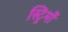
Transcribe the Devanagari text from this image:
स्ट्रिमों